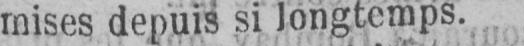
mises depuis si longtemps.